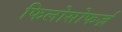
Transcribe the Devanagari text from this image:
फिलोसोफर्ज़